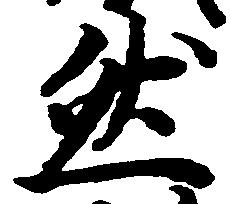
然